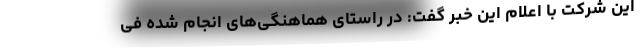
این شرکت با اعلام این خبر گفت: در راستای هماهنگی­های انجام شده فی